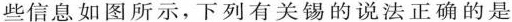
些信息如图所示，下列有关锡的说法正确的是